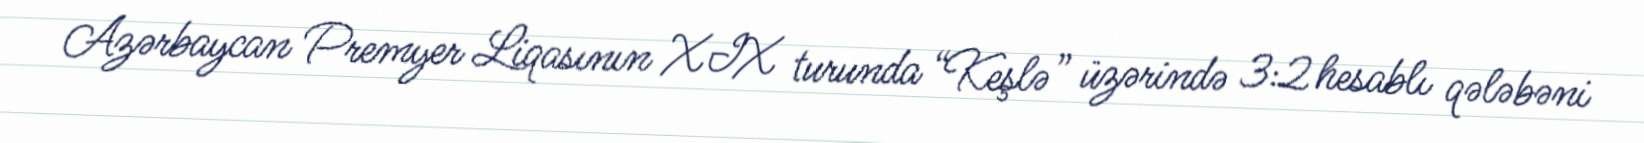
Azərbaycan Premyer Liqasının XIX turunda “Keşlə” üzərində 3:2 hesablı qələbəni